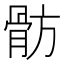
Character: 𩨣